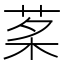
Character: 𦰔